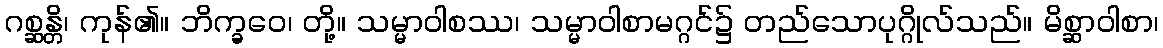
ဂစ္ဆန္တိ၊ ကုန်၏။ ဘိက္ခဝေ၊ တို့။ သမ္မာဝါစဿ၊ သမ္မာဝါစာမဂ္ဂင်၌ တည်သောပုဂ္ဂိုလ်သည်။ မိစ္ဆာဝါစာ၊